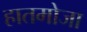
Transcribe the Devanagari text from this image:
हातमोजा